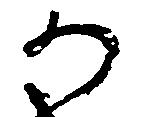
か